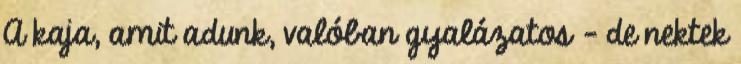
A kaja, amit adunk, valóban gyalázatos – de nektek